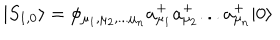
| S _ { 1 , 0 } \rangle = \phi _ { \mu _ { 1 } , \mu _ { 2 } , . . . \mu _ { n } } a _ { \mu _ { 1 } } ^ { + } a _ { \mu _ { 2 } } ^ { + } . . . a _ { \mu _ { n } } ^ { + } | 0 \rangle